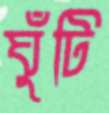
ঘুঁটি